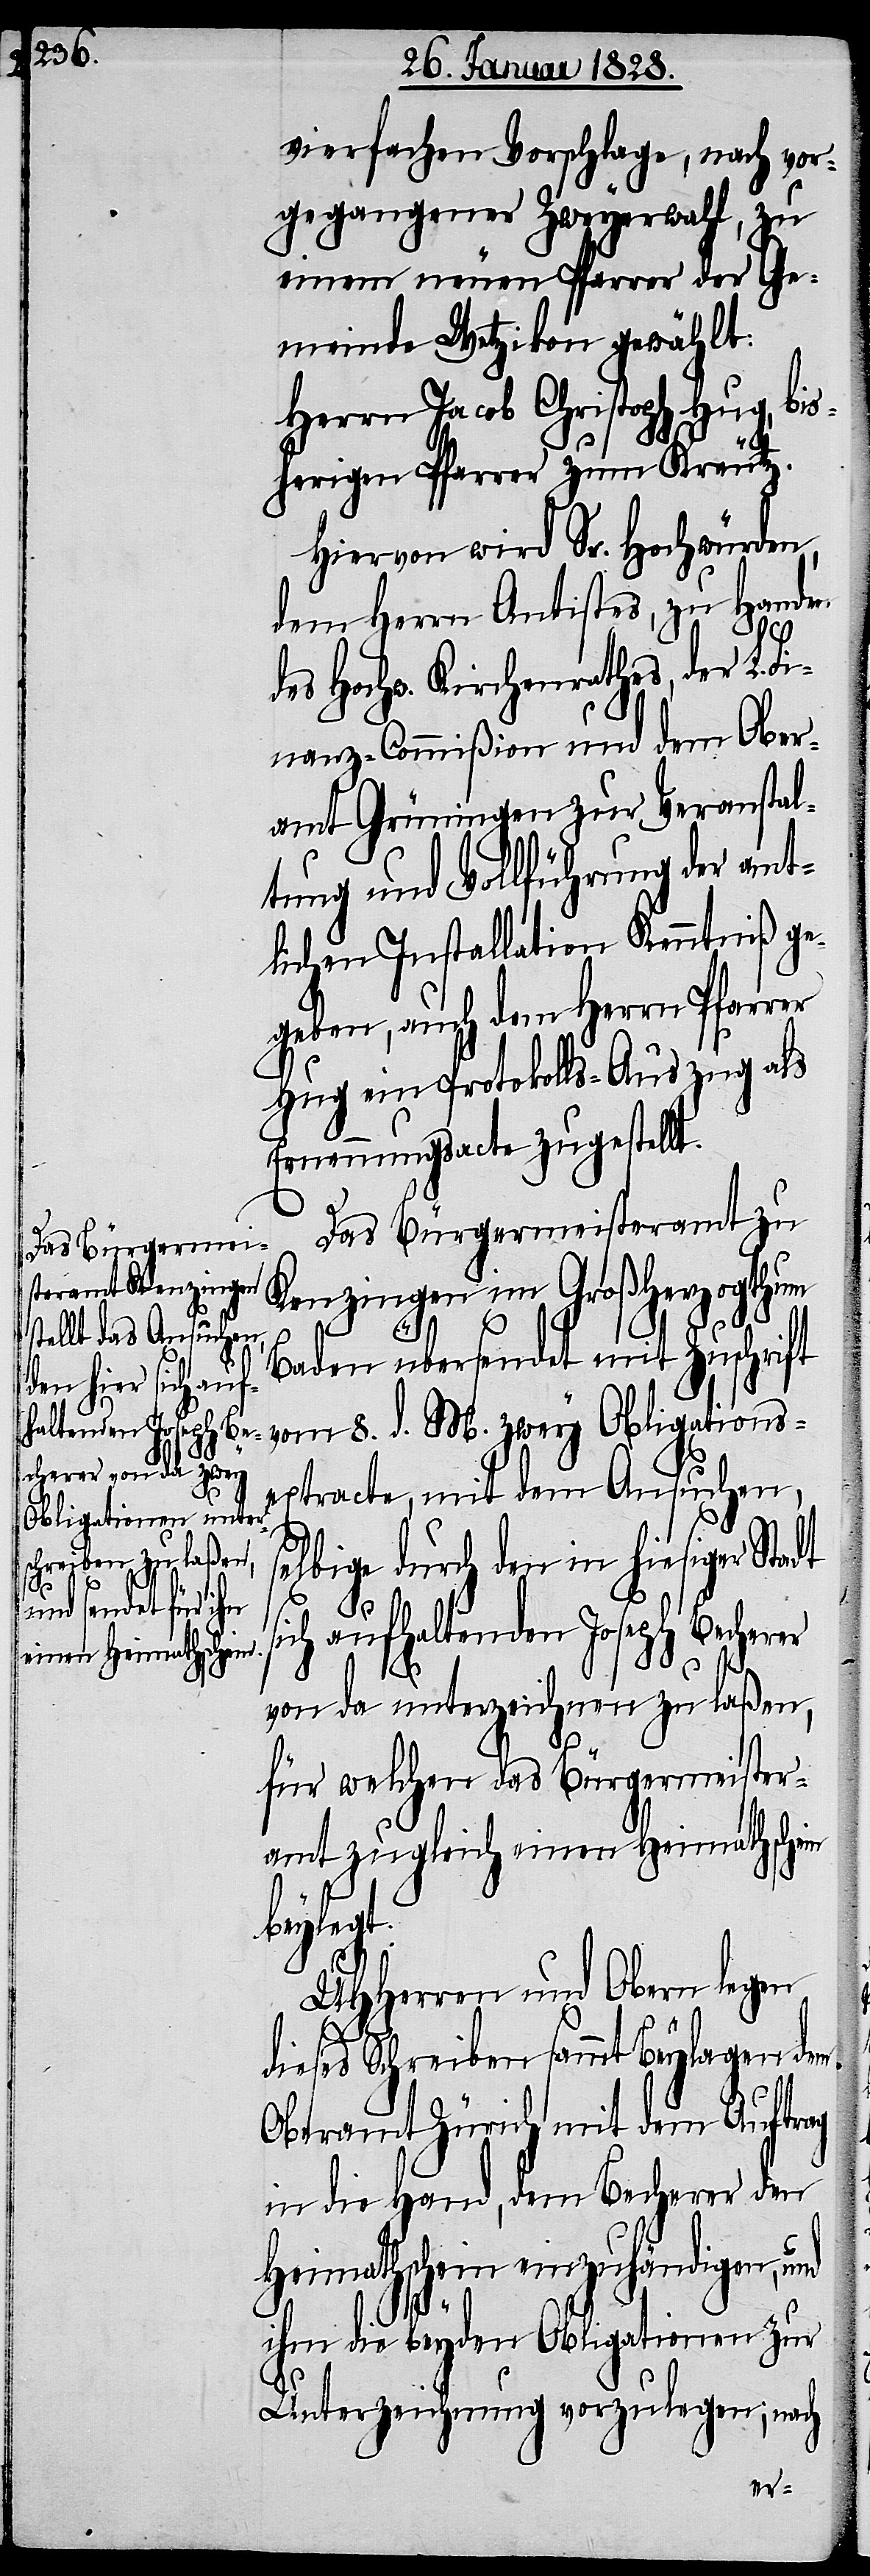
vierfachen Vorschlage, nach vor¬
gegangener Zweyerwahl, zu
einem neuen Pfarrer der Ge¬
meinde Wetzikon gewählt:
Herrn Jacob Christoph Hug, bis¬
herigen Pfarrer zu Kreutz.
Hiervon wird Se. Hochwürden,
dem Herrn Antistes, zu Handen
des Hochw. Kirchenrathes, der L. F¬
inanz-Commißion und dem Ober¬
amt Grüningen zu Veranstal¬
tung und Vollführung der amt¬
lichen Installation Kenntniß ge¬
geben, auch dem Herrn Pfarrer
Hug ein Protokolls-Auszug als
Ernennungsacte zugestellt.
Das Bürgermeisteramt zu
Kenzingen im Großherzogthum
Baden übersendet mit Zuschrift
vom 8. d. M. zwey Obligations¬
extracte, mit dem Ansuchen,
selbige durch den in hiesiger Stadt
sich aufhaltenden Joseph Becherer
von da unterzeichnen zu laßen,
für welchen das Bürgermeister¬
amt zugleich einen Heimathschein
beylegt.
UHHerren und Obern legen
dieses Schreiben sammt Beylagen dem
Oberamt Zürich einen Auftrag
in die Hand, dem Begehren den
Heimathschein einzuhändigen, und
ihm die beyden Obligationen zur
Unterzeichnung vorzulegen, nach